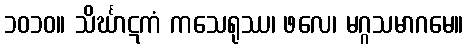
၁၀၁၀။ သိင်္ဃာဋကံ ကသေရုဿ၊ ဖလေ၊ မဂ္ဂသမာဂမေ။